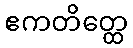
ဧကတိတ္ထေ